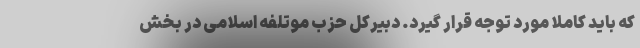
که باید کاملا مورد توجه قرار گیرد. دبیرکل حزب موتلفه اسلامی در بخش